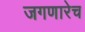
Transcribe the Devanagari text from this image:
जगणारेच